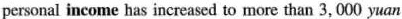
personal income has increased to more than 3,000 yuan